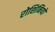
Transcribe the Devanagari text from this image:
रोशिनियों